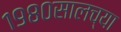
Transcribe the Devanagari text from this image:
१९८०सालच्या